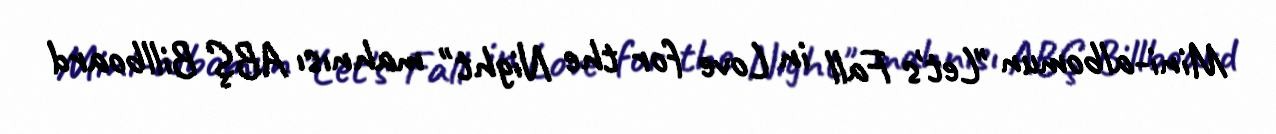
Mini-albomun "Let's Fall in Love for the Night" mahnısı ABŞ Billboard